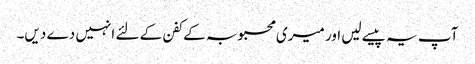
آپ یہ پیسے لیں اور میری محبوبہ کے کفن کے لئے انہیں دے دیں۔